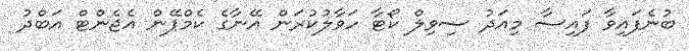
ބުނެފައިވާ ފައިސާ މިއަދު ސިވިލް ކޯޓާ ހަވާލުކުރަން އޭނާގެ ކެމްޕޭން އެޖެންޓް އަބްދު